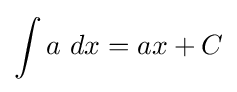
\int a\ dx=ax+C